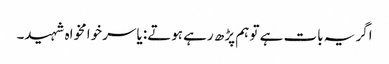
اگر یہ بات ہے تو ہم پڑھ رہے ہوتے: یاسر خوامخواہ شہید۔